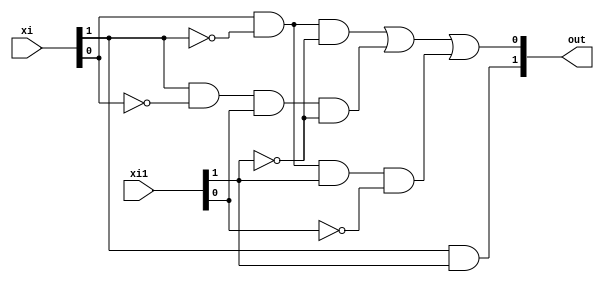

`timescale 1ns / 1ps
//////////////////////////////////////////////////////////////////////////////////
//
// 
// Design Name: 
// Module Name:    kgpCmp 
//
// Project Name: 
// Target Devices: 
// Tool versions: 
// Description: 
//
// Dependencies: 
//
// Revision: 
// Revision 0.01 - File Created
// Additional Comments: i1 = i-1
//
//////////////////////////////////////////////////////////////////////////////////
module kpgCmp(xi,xi1,out);
    input [1:0] xi;
    input [1:0] xi1;
    //wire w1, w2, w3;
    output reg [1:0] out;
	 
    always @ (xi or xi1) 
    begin
	 //and(out[1], xi[1], xi1[1]);
	 out[1] <= xi[1] & xi1[1];
	 //and(w1, xi[0], xi[1], ~xi1[1])
	 //and(w
	out[0] <= (xi[0] & ~xi[1] & ~xi1[1]) | (xi[1] & ~xi[0] & xi1[0] & ~xi1[1]) | (xi[0] & ~xi[1] & xi1[1] & ~xi1[0]) ;
	end
endmodule